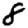
Digit: 8